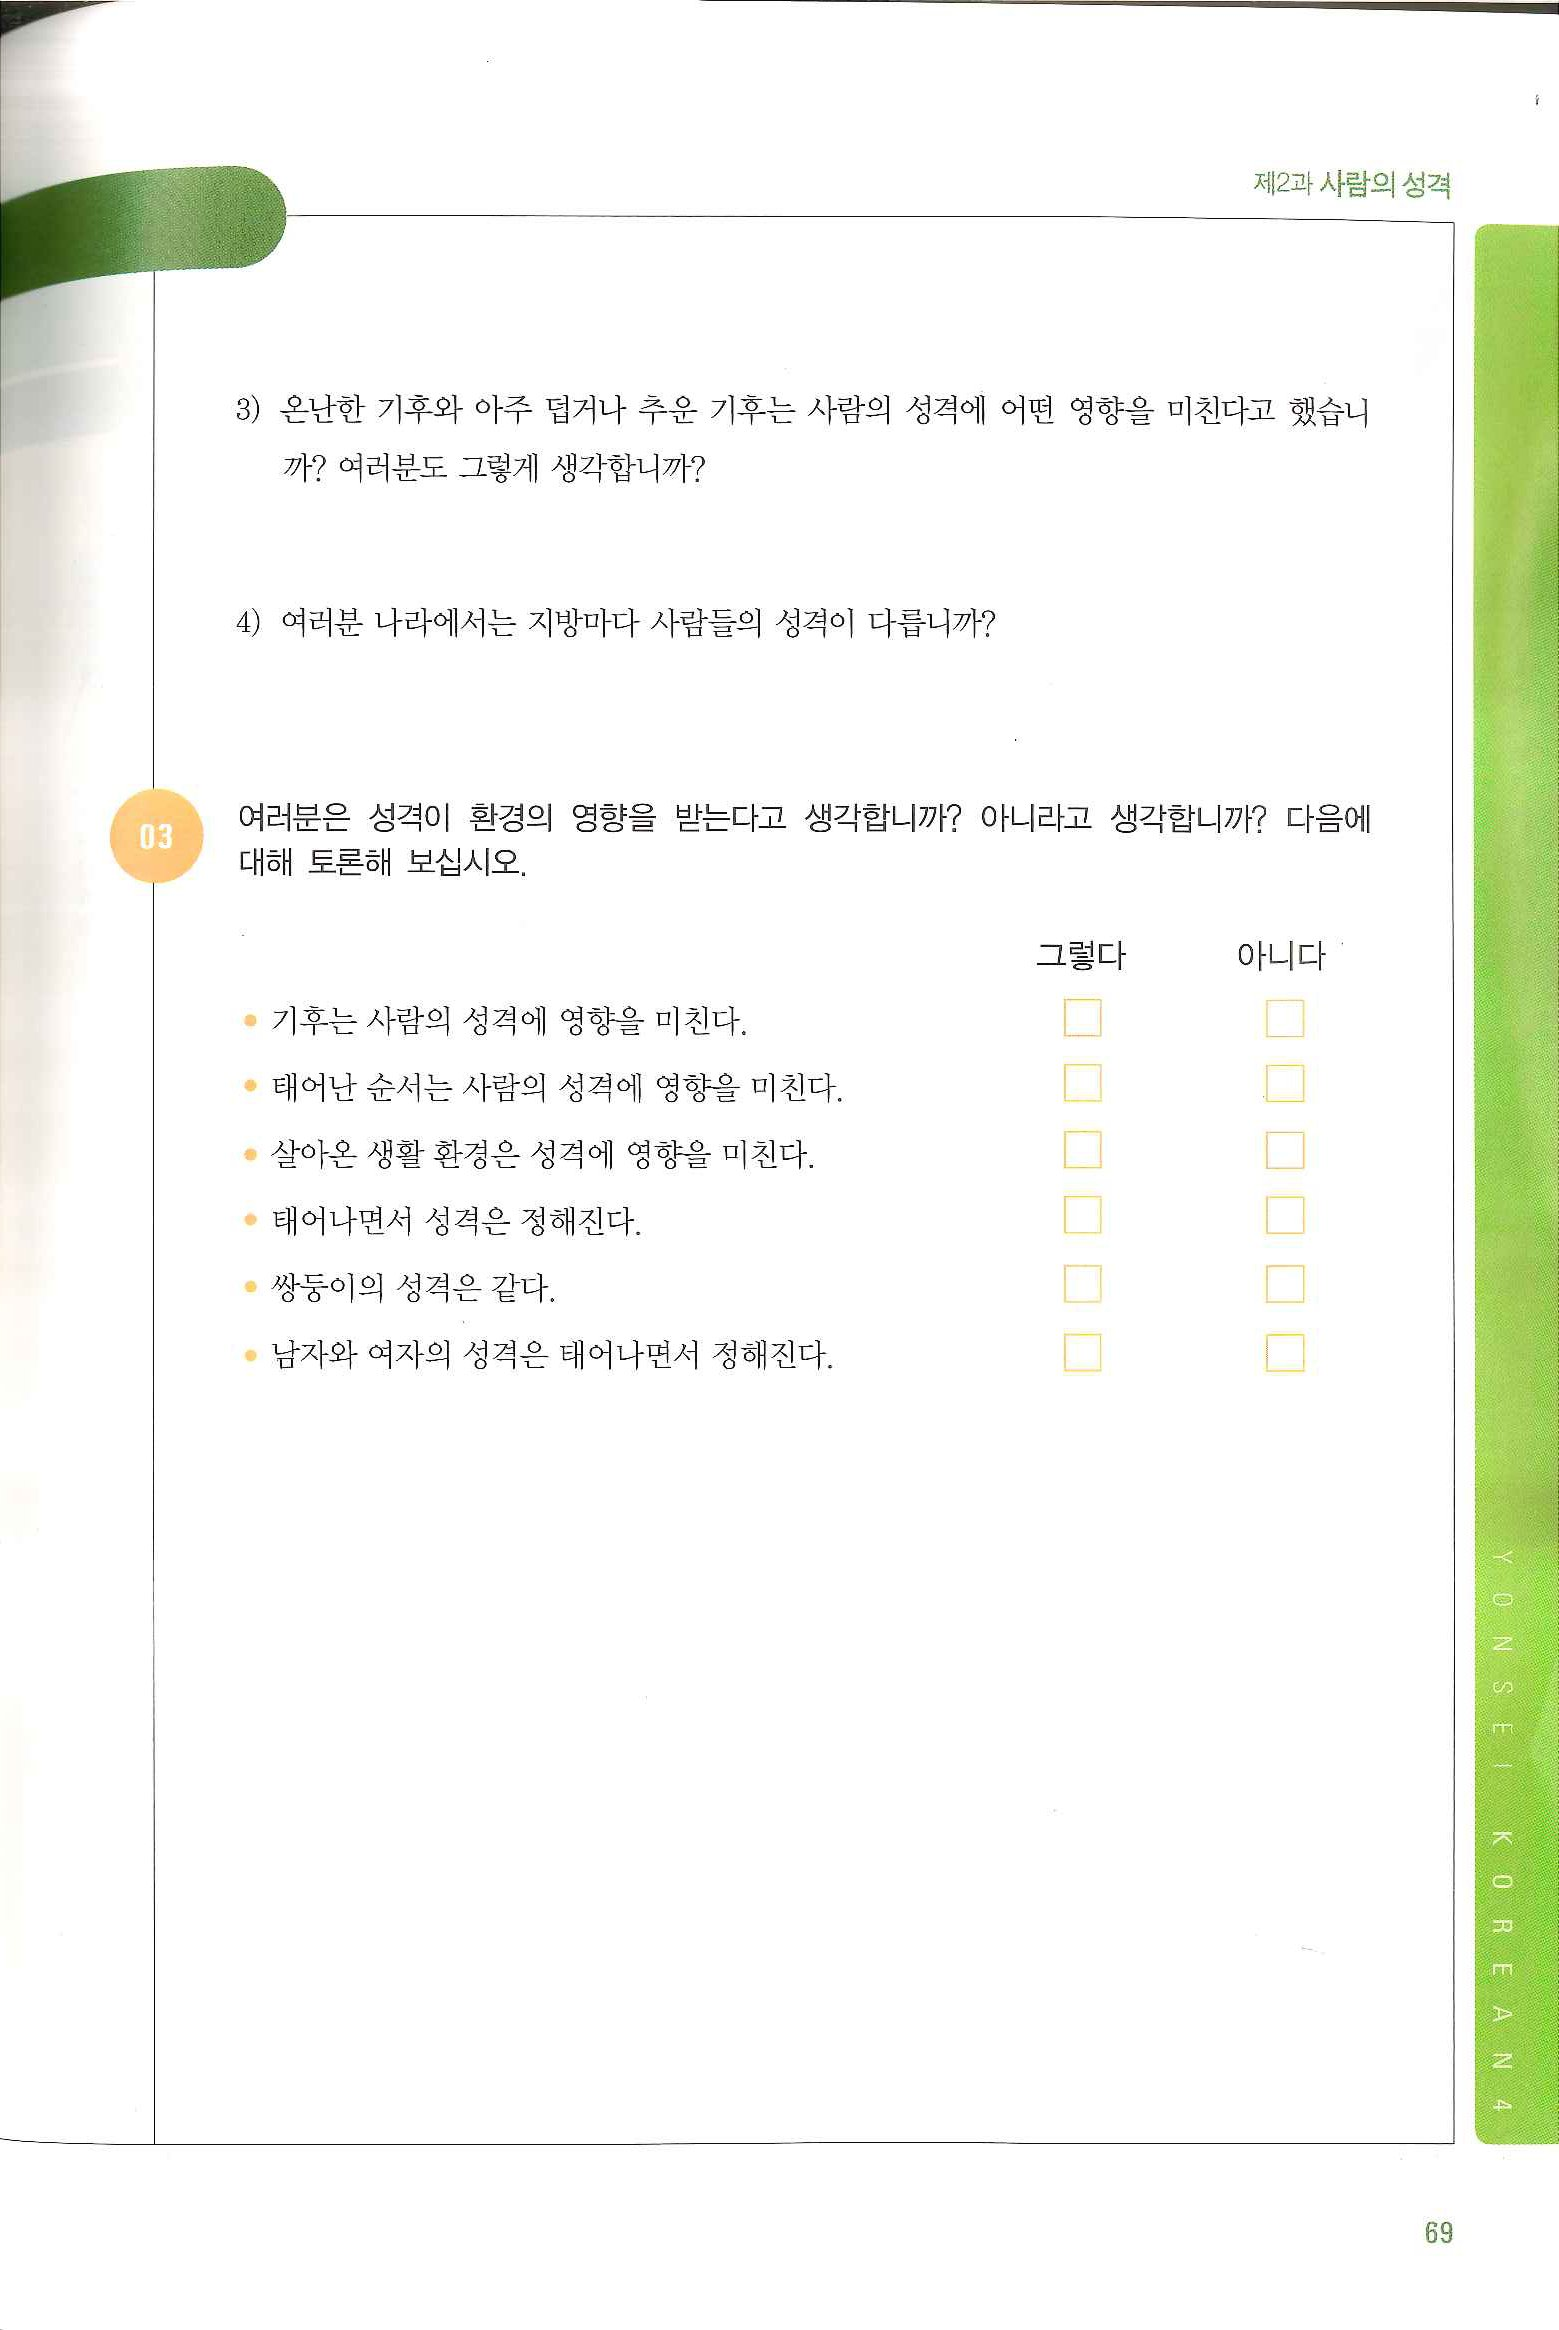
Language: ko